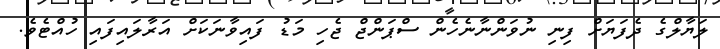
ލަޔާލްގެ ދެފަޔަށް ފިނި ނުވަންނާނެހެން ސްޕަންޖް ޖެހި މަޑު ފައިވާނަކަށް އަރާލައިފައި ހުއްޓެވެ.